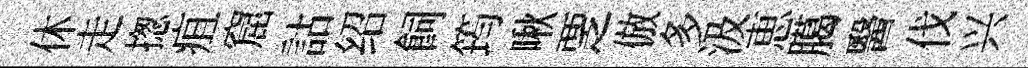
休走揔疽窟詁绍飼筠啾覂倣多汲恵臈醫伐兴